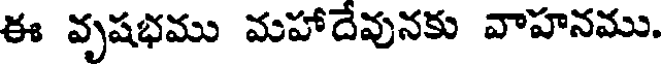
ఈ వృషభము మహాదేవునకు వాహనము.